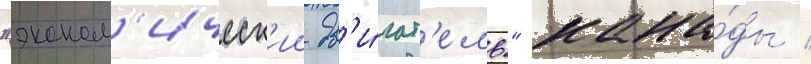
"эконом'ическ'ии дв'и́гат'ель" кана́ды /